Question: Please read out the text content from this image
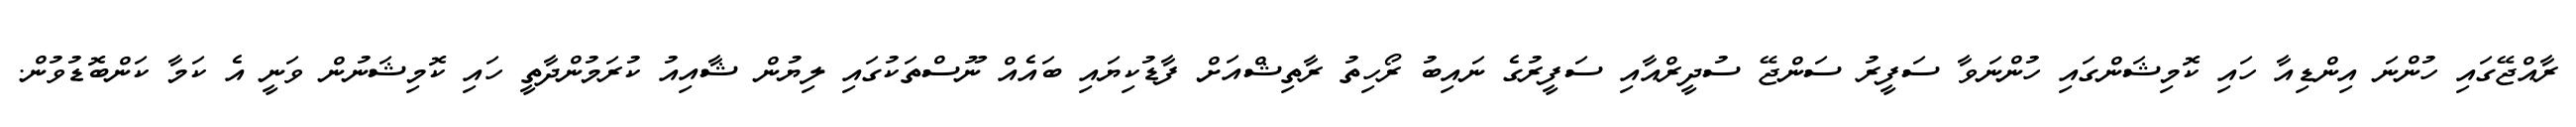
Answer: ރާއްޖޭގައި ހުންނަ އިންޑިއާ ހައި ކޮމިޝަންގައި ހުންނަވާ ސަފީރު ސަންޖޭ ސުދީރްއާއި ސަފީރުގެ ނައިބު ރޯހިތު ރާތިޝްއަށް ފާޑުކިޔައި ބައެއް ނޫސްތަކުގައި ލިޔުން ޝާއިއު ކުރަމުންދާތީ ހައި ކޮމިޝަނުން ވަނީ އެ ކަމާ ކަންބޮޑުވުން.